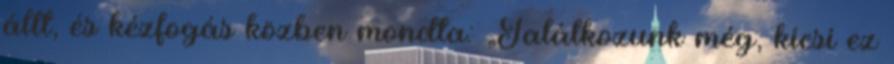
állt, és kézfogás közben mondta: „Találkozunk még, kicsi ez